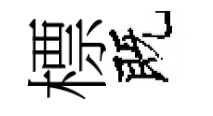
標既